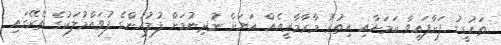
ތަހުގީގު ފަށާފައިވާ ކަމަށާއި އިތުރު މާރާމާރީއެއް އަޔަށް ނުދިނުމަށް ފުލުހުންގެ ފުވައްމުލަކުގެ ތެރޭގައި